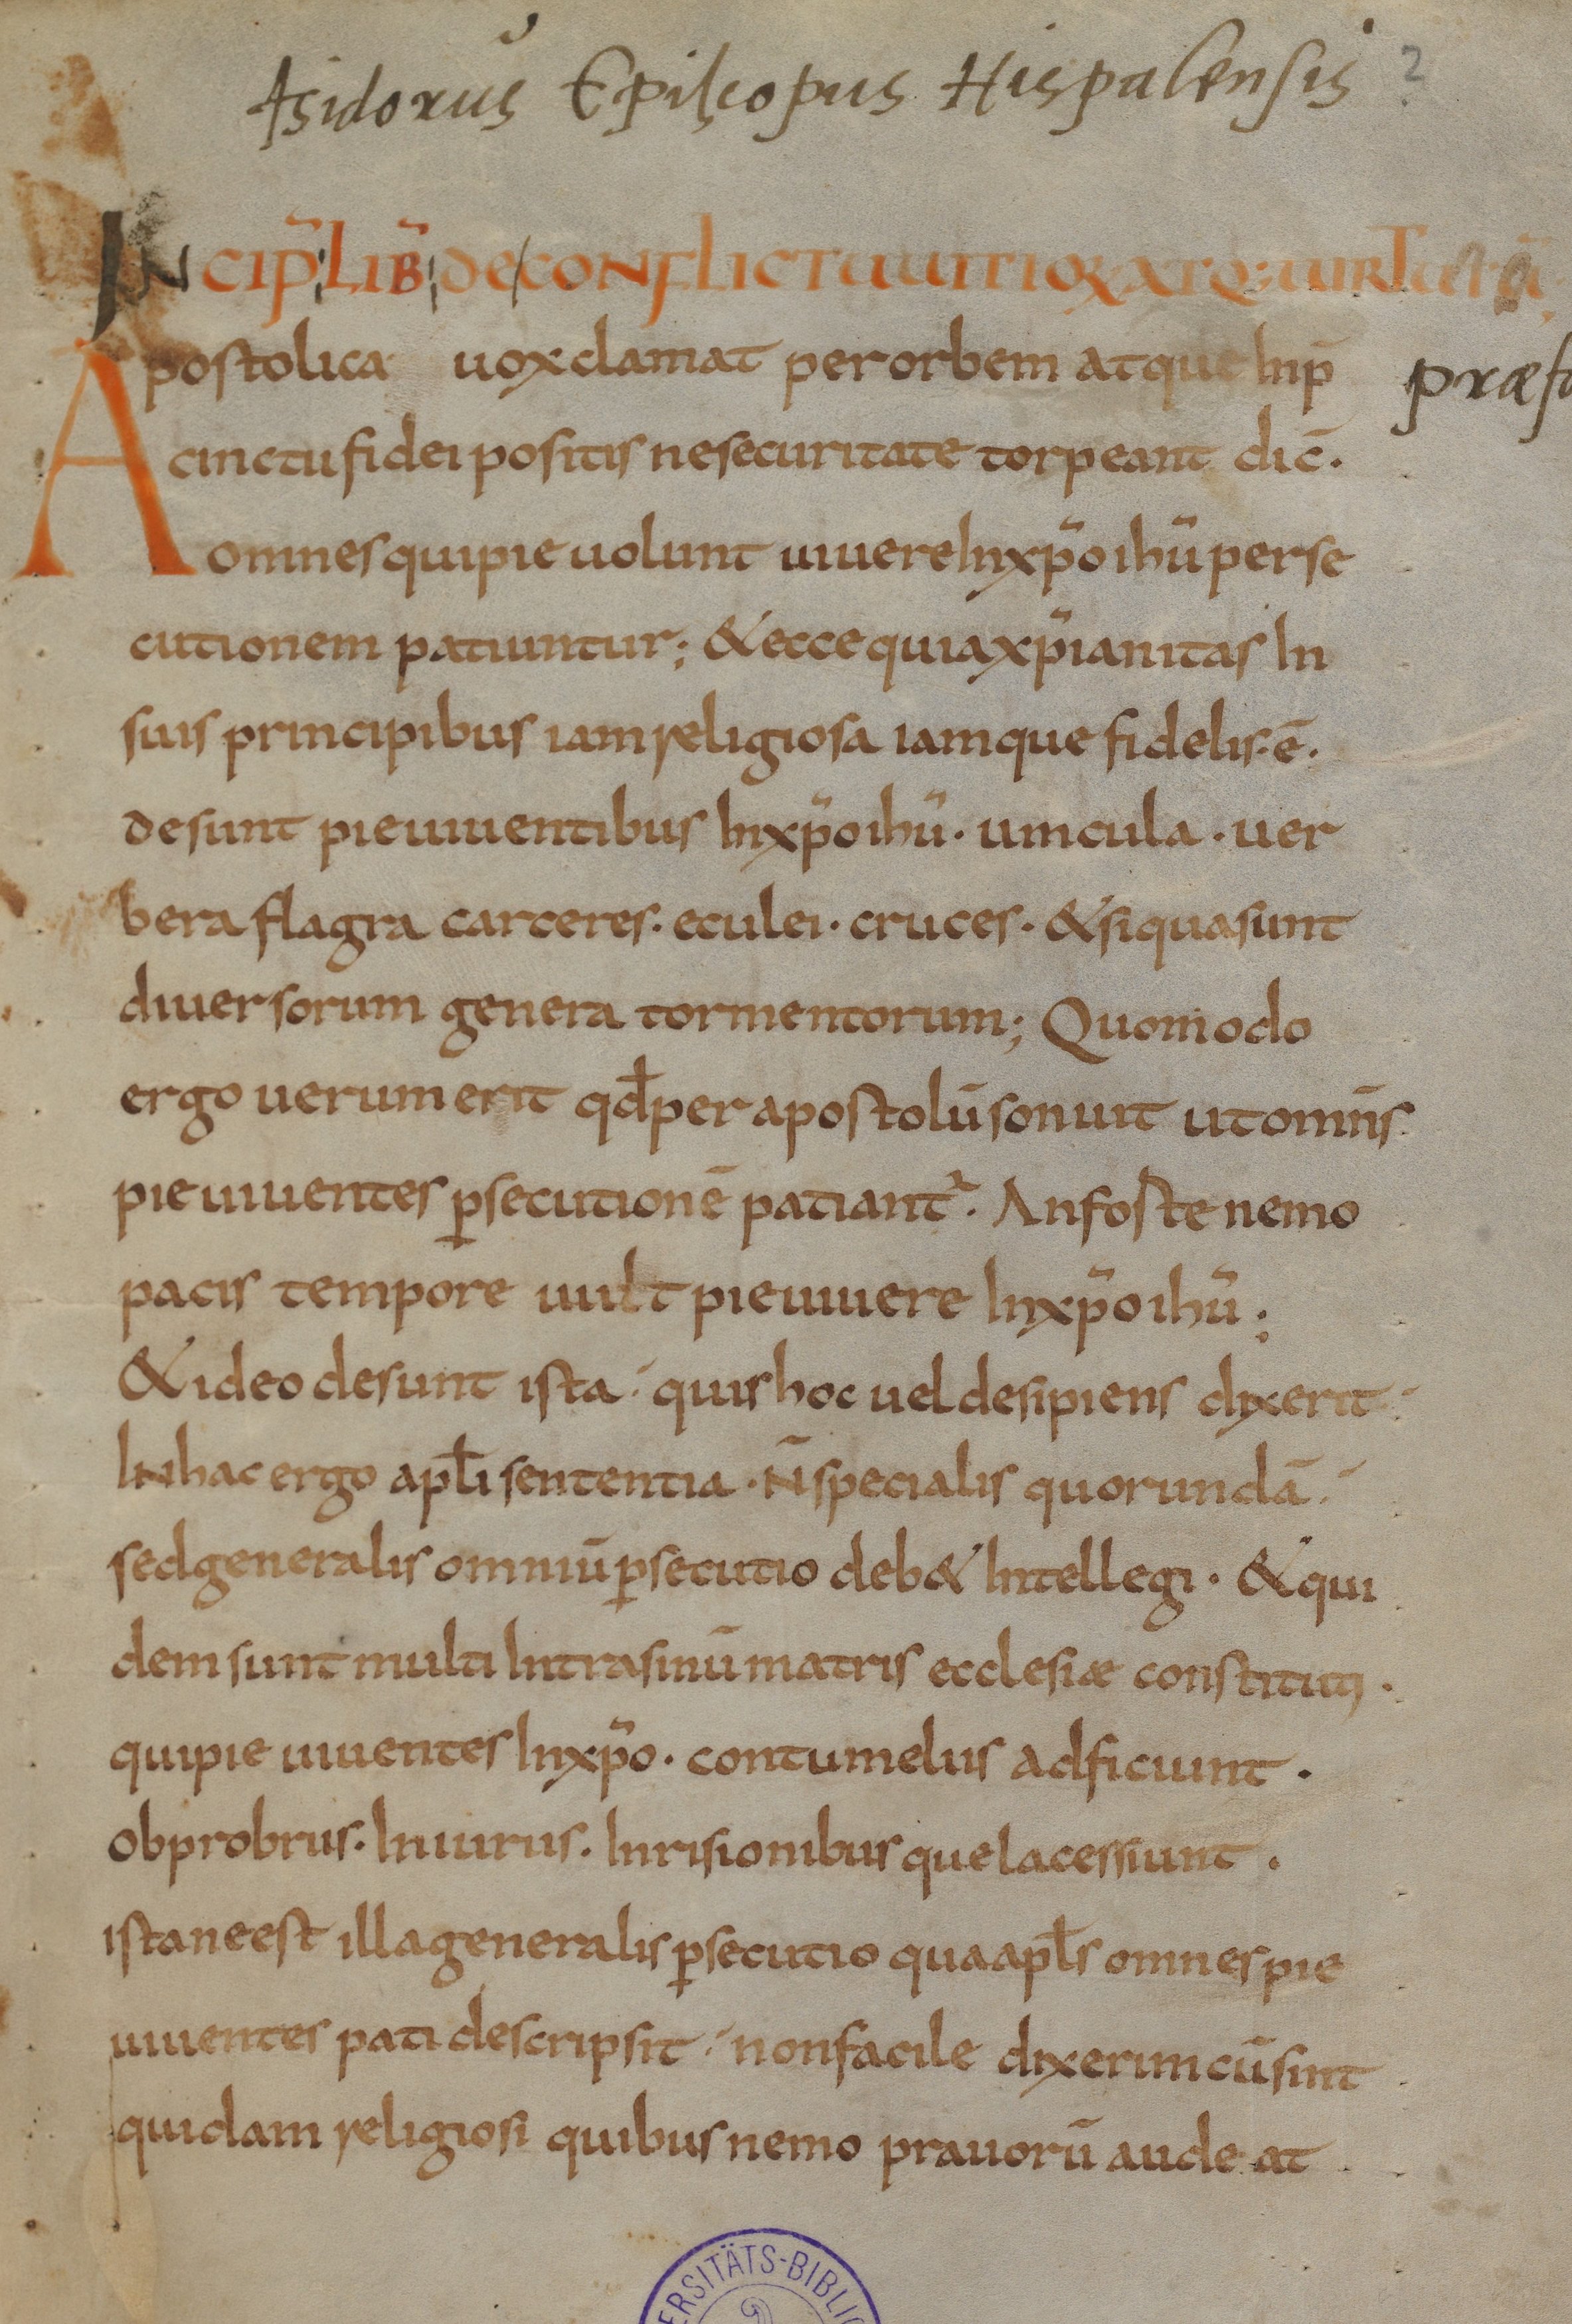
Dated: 800–824